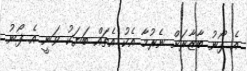
އެ ފޯނު ބާޒާރަށް ނެރުމާ އެކު އެތައް ބަޔަކު ވަނީ އެ ފޯނު